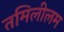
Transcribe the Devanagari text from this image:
तमिलीलम